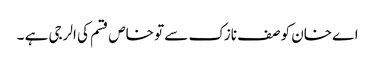
اے خان کو صف نازک سے تو خاص قسم کی الرجی ہے ۔